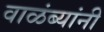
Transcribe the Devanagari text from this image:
वाळंब्यांनी